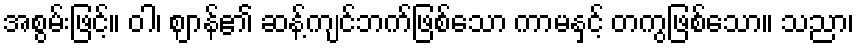
အစွမ်းဖြင့်။ ဝါ၊ ဈာန်၏ ဆန့်ကျင်ဘက်ဖြစ်သော ကာမနှင့် တကွဖြစ်သော။ သညာ၊